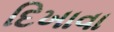
દિખાવા